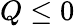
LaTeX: Q\le 0